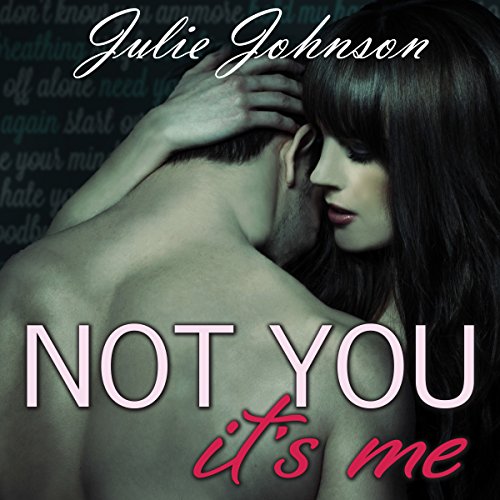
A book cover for Not You It's Me; Julie Johnson; Romance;